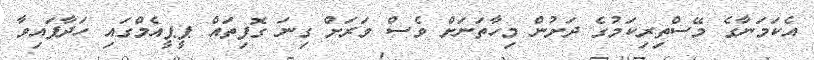
އެކަމަނާގެ މޭސްތިރިކަމުގެ ދަށުން މިހާތަނަށް ވެސް ވަރަށް ގިނަ ގޮފިތައް ޕީޕީއެމްގައި ހަދާފައިވާ